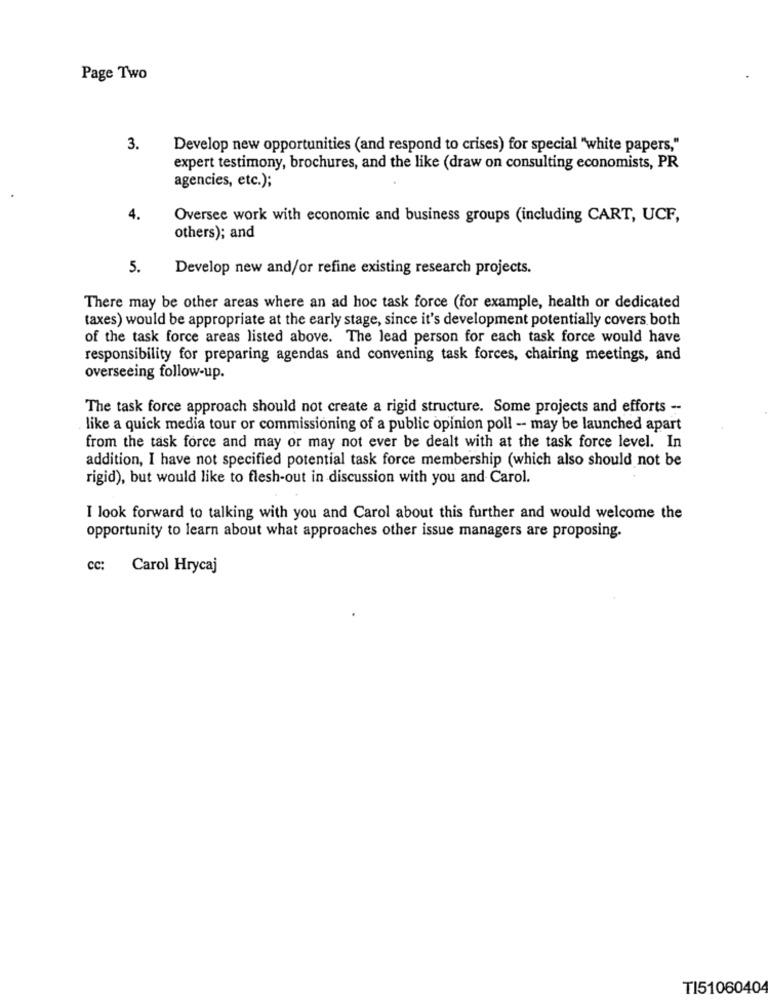
Page Two
3.
Develop new opportunities (and respond to crises) for special "white papers,"
expert testimony, brochures, and the like (draw on consulting economists, PR
agencies, etc.);
4.
Oversee work with economic and business groups (including CART, UCF,
others); and
5.
Develop new and/or refine existing research projects.
There may be other areas where an ad hoc task force (for example, health or dedicated
taxes) would be appropriate at the early stage, since it's development potentially covers both
of the task force areas listed above. The lead person for each task force would have
responsibility for preparing agendas and convening task forces, chairing meetings, and
overseeing follow-up.
The task force approach should not create a rigid structure. Some projects and efforts --
like a quick media tour or commissioning of a public opinion poll - may be launched apart
from the task force and may or may not ever be dealt with at the task force level. In
addition, I have not specified potential task force membership (which also should not be
rigid), but would like to flesh-out in discussion with you and Carol.
I look forward to talking with you and Carol about this further and would welcome the
opportunity to learn about what approaches other issue managers are proposing.
cc:
Carol Hrycaj
TI51060404